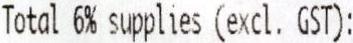
TOTAL 6% SUPPLIES (EXCL. GST):